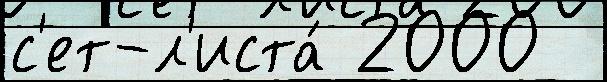
с'ет-л'иста́ 2000